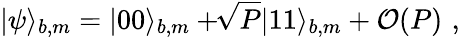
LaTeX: |\psi\rangle_{b,m}=|00\rangle_{b,m}+\! \! \sqrt{P}|11\rangle_{b,m}+{\cal O}(P)\, \, ,